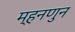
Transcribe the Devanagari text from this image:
म्हनणुन